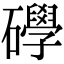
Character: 𥗙